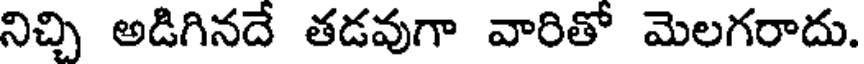
నిచ్చి అడిగినదే తడవుగా వారితో మెలగరాదు.